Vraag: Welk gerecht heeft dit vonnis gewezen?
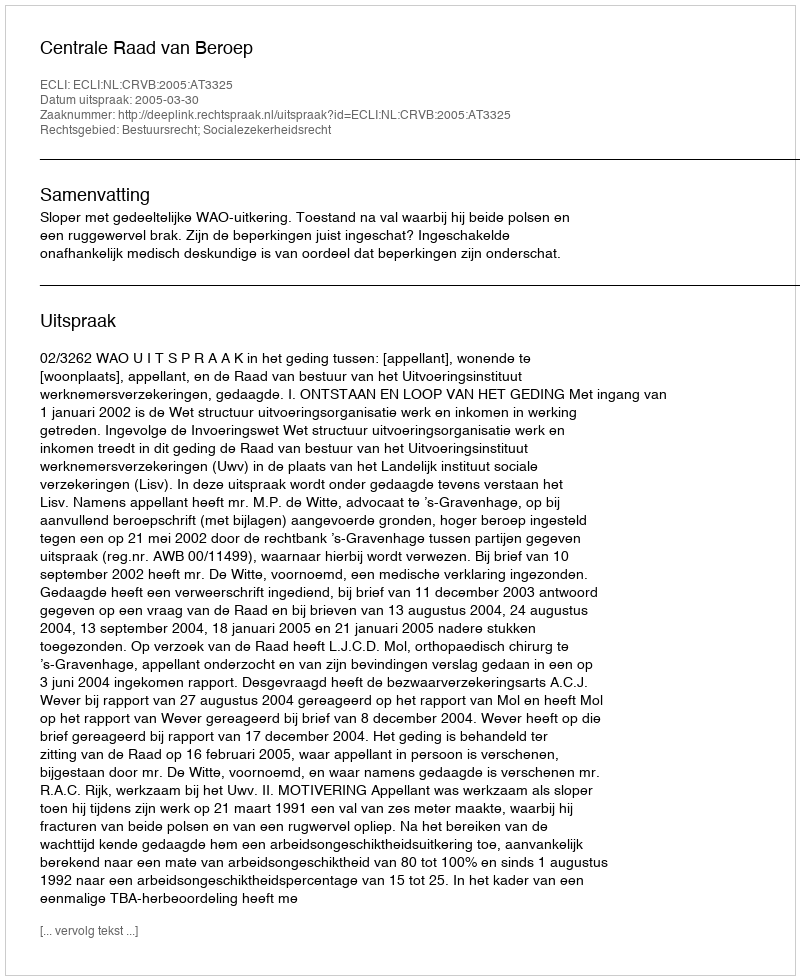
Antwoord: Centrale Raad van Beroep